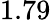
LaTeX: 1.79